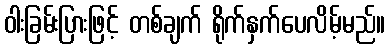
ဝါးခြမ်းပြားဖြင့် တစ်ချက် ရိုက်နှက်ပေလိမ့်မည်။